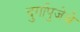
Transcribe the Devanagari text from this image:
दुर्गापुजेचे